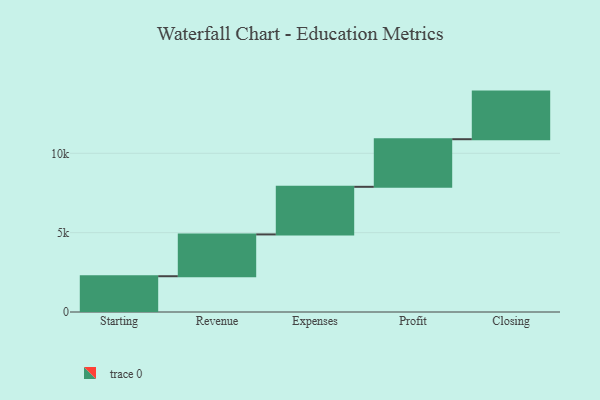
{"axis": {"x": "Step", "y": "Value"}, "legend": [""], "data": [{"x": "Starting", "y": 2254.0, "type": ""}, {"x": "Revenue", "y": 2635.0, "type": ""}, {"x": "Expenses", "y": 3000, "type": ""}, {"x": "Profit", "y": 3000, "type": ""}, {"x": "Closing", "y": 3000, "type": ""}]}